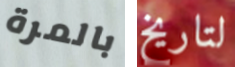
بالمرة لتاريخ